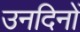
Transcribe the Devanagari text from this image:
उनदिनों